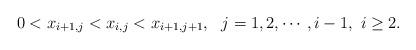
LaTeX: \begin{align*}0<x_{i+1,j}<x_{i,j}<x_{i+1,j+1},~~j=1,2,\cdots,i-1,~i\geq2.\end{align*}